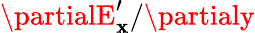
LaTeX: \partialE_{\mathbf{x}}^{\prime}/\partialy